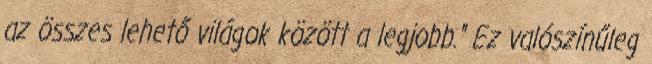
az összes lehető világok között a legjobb." Ez valószínűleg